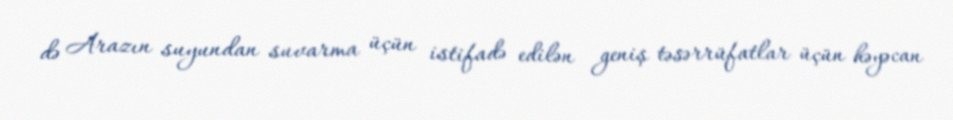
də Arazın suyundan suvarma üçün istifadə edilən geniş təsərrüfatlar üçün həyəcan